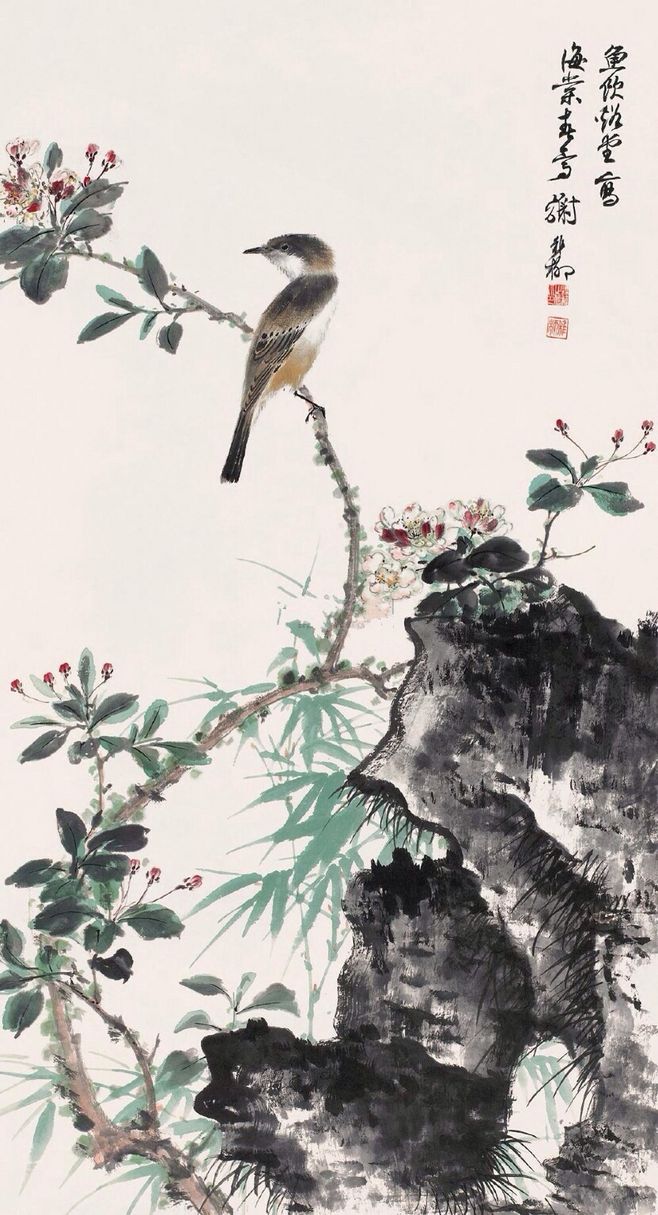
柳丝长，桃叶小。深院断无人到。